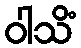
ဝါသိံ